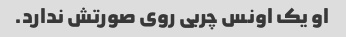
او یک اونس چربی روی صورتش ندارد.